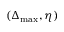
( \Delta _ { \mathrm { m a x } } , \eta )